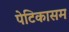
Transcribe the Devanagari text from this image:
पेटिकासम